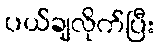
ပယ်ချလိုက်ပြီး